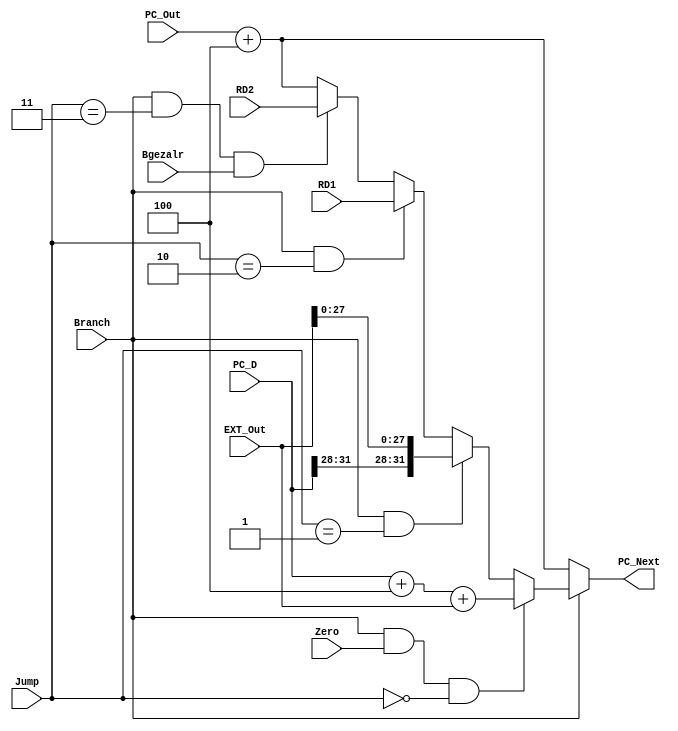
`timescale 1ns / 1ps
//////////////////////////////////////////////////////////////////////////////////
// Company: 
// Engineer: 
// 
// Design Name: 
// Module Name:    NPC 
// Project Name: 
// Target Devices: 
// Tool versions: 
// Description: 
//
// Dependencies: 
//
// Revision: 
// Revision 0.01 - File Created
// Additional Comments: 
//
//////////////////////////////////////////////////////////////////////////////////
module NPC(
    input Branch,
    input Zero,
	 input Bgezalr,
    input [1:0] Jump,
	 input [31:0] RD1,
	 input [31:0] RD2,
	 input [31:0] EXT_Out,
	 input [31:0] PC_Out, 
	 input [31:0] PC_D,
	 output [31:0] PC_Next
    );
	 
	 reg [31:0] PC;
	 assign PC_Next = PC;
	 
	 always @ (*) begin
	    
		 if (!Branch) //PC + 4
		    PC <= PC_Out + 4;
		 
       else if (Branch & Zero & (Jump == 2'b00)) // beq
			 PC <= PC_D + 4 + EXT_Out;
			 
		 else if(Branch & (Jump == 2'b01)) //J Jal
		    PC <= {PC_D[31:28], EXT_Out[27:0]};
		 
		 else if(Branch & (Jump == 2'b10)) //Jr
		    PC <= RD1;
			 
		 else if(Branch & (Jump == 2'b11) & Bgezalr) //Bgezalr
		    PC <= RD2;
		 
		 else //PC + 4
		    PC <= PC_Out + 4;

    end
	 
endmodule